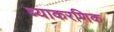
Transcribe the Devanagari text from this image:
ब्याकरणिक